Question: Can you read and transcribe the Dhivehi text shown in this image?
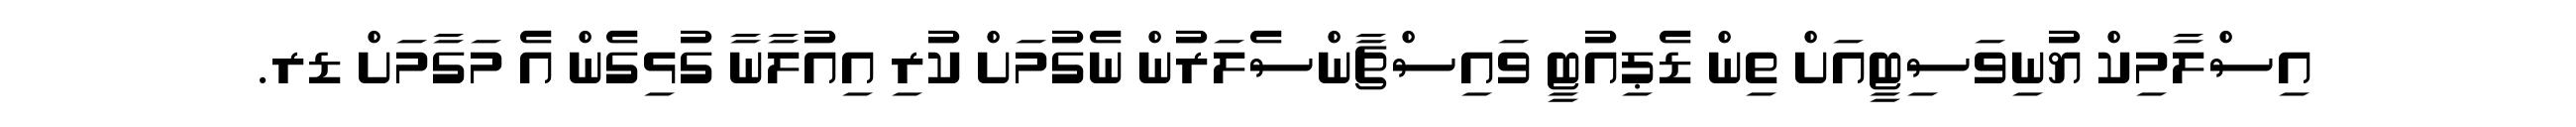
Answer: އިސްލާމިކް ޔުނިވަސިޓީއަށް ތިން ޑެޕިއުޓީ ވައިސްޗާންސެލަރުން ނެގުމަށް ކުރި އިއުލާނާ ގުޅިގެން އެ މަގާމަށް ޑރ.